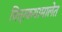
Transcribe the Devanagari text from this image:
चित्रकथामालेत